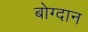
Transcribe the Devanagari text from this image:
बोग्दान